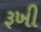
રૂખી